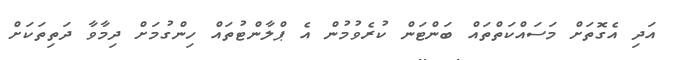
އަދި އެގޮތަށް މަސައްކަތްތައް ބަންޓަން ކުރެވުމުން އެ ޕްލާންޓުތައް ހިންގުމަށް ދިމާވާ ދަތިތަކަށް